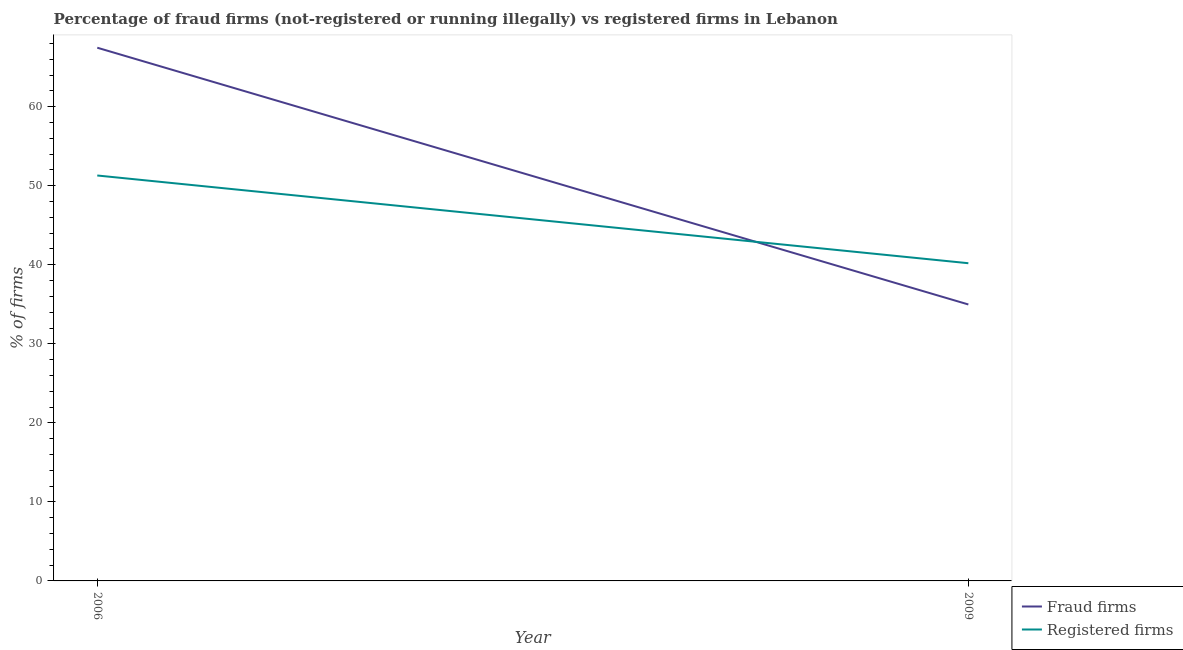
| Year | Fraud firms | Registered firms |
 | --- | --- | --- |
 | 2006 | 67.5 | 51.3 |
 | 2009 | 35 | 40.2 |